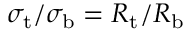
\sigma _ { \mathrm { { t } } } / \sigma _ { \mathrm { { b } } } = R _ { \mathrm { { t } } } / R _ { \mathrm { { b } } }